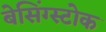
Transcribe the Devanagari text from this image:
बेसिंग्स्टोक